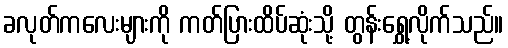
ခလုတ်ကလေးများကို ကတ်ပြားထိပ်ဆုံးသို့ တွန်းရွှေ့လိုက်သည်။